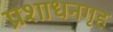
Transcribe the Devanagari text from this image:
प्रशाधनगृह